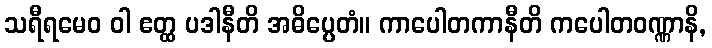
သရီရမေဝ ဝါ ဧတ္ထ ပဒါနီတိ အဓိပ္ပေတံ။ ကာပေါတကာနီတိ ကပေါတဝဏ္ဏာနိ,